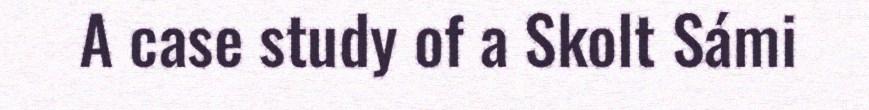
A case study of a Skolt Sámi